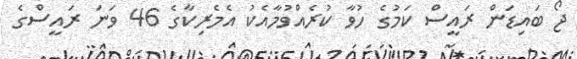
ޖޯ ބައިޑަން ރައީސް ކަމުގެ ހުވާ ކުރެއްވުމާއެކު އެމެރިކާގެ 46 ވަނަ ރައީސްގެ